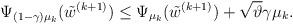
LaTeX: \begin{align*}\Psi_{(1-\gamma)\mu_k}(\tilde{w}^{(k+1)})\leq \Psi_{\mu_k}(\tilde{w}^{(k+1)}) + \sqrt{\vartheta} \gamma\mu_k . \end{align*}